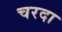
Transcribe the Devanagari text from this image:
चरदा